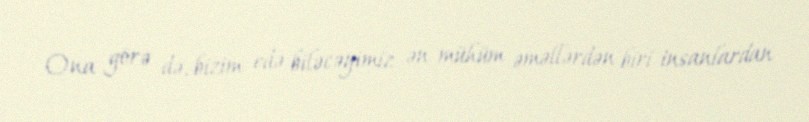
Ona görə də, bizim edə biləcəyimiz ən mühüm əməllərdən biri insanlardan